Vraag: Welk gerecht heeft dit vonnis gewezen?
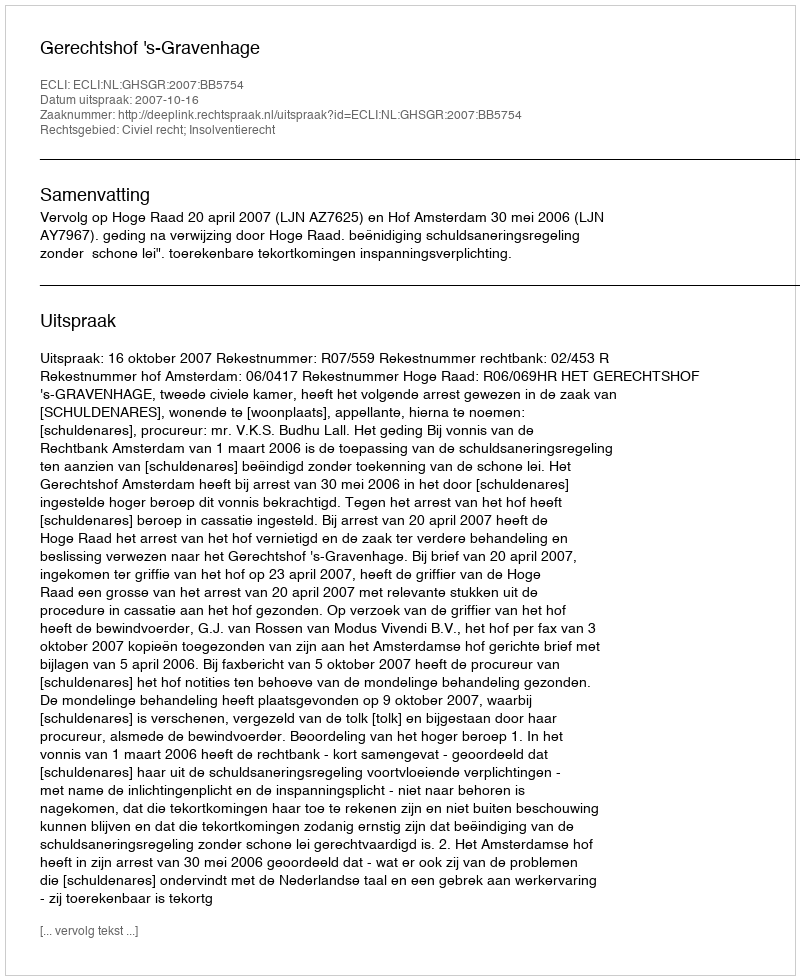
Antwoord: Gerechtshof 's-Gravenhage